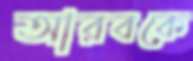
আরবকে